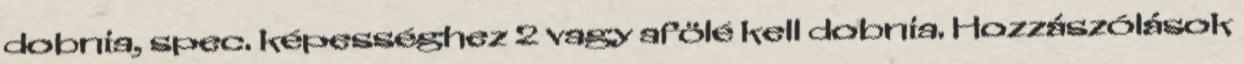
dobnia, spec. képességhez 2 vagy afölé kell dobnia. Hozzászólások